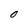
Character: 0